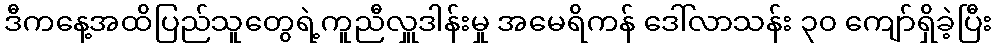
ဒီကနေ့အထိပြည်သူတွေရဲ့ကူညီလှူဒါန်းမှု အမေရိကန် ဒေါ်လာသန်း ၃၀ ကျော်ရှိခဲ့ပြီး